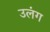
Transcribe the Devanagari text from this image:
उलंग